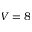
V = 8